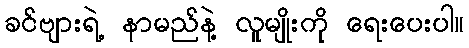
ခင်ဗျားရဲ့ နာမည်နဲ့ လူမျိုးကို ရေးပေးပါ။